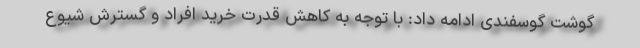
گوشت گوسفندی ادامه داد: با توجه به کاهش قدرت خرید افراد و گسترش شیوع